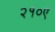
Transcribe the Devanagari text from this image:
२१०ए